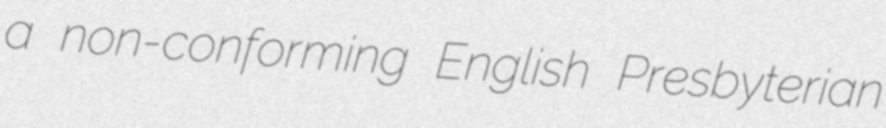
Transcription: a non-conforming English Presbyterian